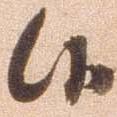
候